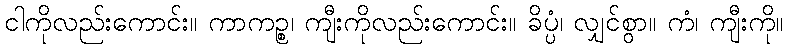
ငါကိုလည်းကောင်း။ ကာကဉ္စ၊ ကျီးကိုလည်းကောင်း။ ခိပ္ပံ၊ လျှင်စွာ။ ကံ၊ ကျီးကို။